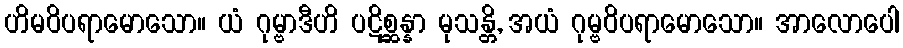
ဟိမဝိပရာမောသော။ ယံ ဂုမ္ဗာဒီဟိ ပဋိစ္ဆန္နာ မုသန္တိ, အယံ ဂုမ္ဗဝိပရာမောသော။ အာလောပေါ